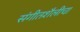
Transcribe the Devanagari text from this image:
संगीतशैलीचा